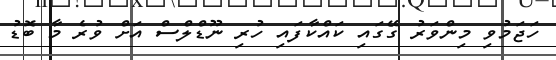
ހަޖަމުވި މިންވަރު ގޭގައި ކައްކާފައި ހުރި ނޫޑްލްސް އަށް ވުރެ މާ ބޮޑު